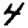
Digit: 4